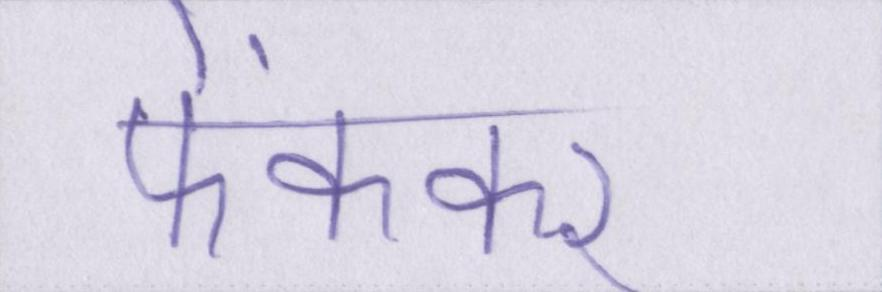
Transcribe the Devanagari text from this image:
फेंककर